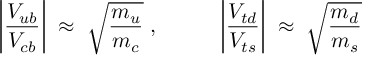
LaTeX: \left| \frac { V _ { u b } } { V _ { c b } } \right| \; \approx \; \sqrt { \frac { m _ { u } } { m _ { c } } } \; , ~ ~ ~ ~ ~ ~ ~ ~ \left| \frac { V _ { t d } } { V _ { t s } } \right| \; \approx \; \sqrt { \frac { m _ { d } } { m _ { s } } } \;